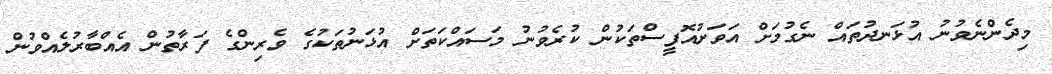
މިދެންނެވުނު އުޅަނދުތައް ނެގުމަށް އަވަށުއޮފީސްތަކުން ކުރެވުނު މަސައްކަތަށް އުޅަނުތަކުގެ ވެރިންގެ ފަރާތުން އެއްބާރުލެއްވުން